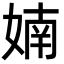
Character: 婻